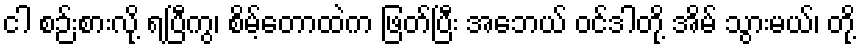
ငါ စဉ်းစားလို့ ရပြီကွ၊ စိမ့်တောထဲက ဖြတ်ပြီး အေဘယ် ဝင်ဒါတို့ အိမ် သွားမယ်၊ တို့